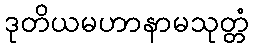
ဒုတိယမဟာနာမသုတ္တံ